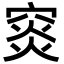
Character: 䆦